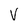
Character: V